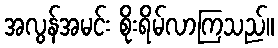
အလွန်အမင်း စိုးရိမ်လာကြသည်။